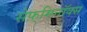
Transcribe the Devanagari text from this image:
सेफ़्मिनॉक्स